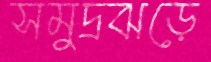
সমুদ্রঝড়ে